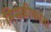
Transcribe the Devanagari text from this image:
मिसळीकरता